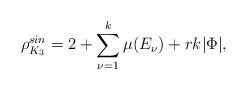
LaTeX: \begin{align*}\rho^{sin}_{K_3}= 2 + \sum_{\nu =1}^{k} \mu(E_{\nu}) + rk|\Phi|,\end{align*}